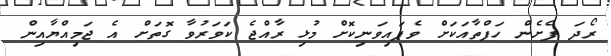
ރޯދަ ފެށެން ހަފްތާއަކަށް ވެފައިވަނިކޮށް މުޅި ރާއްޖެ ކަވަރުވާ ގޮތަށް އެ ޖަމިއްޔާއިން